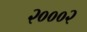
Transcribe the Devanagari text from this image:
२०००२